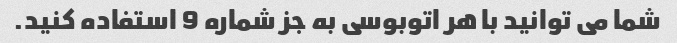
شما می توانید با هر اتوبوسی به جز شماره 9 استفاده کنید.